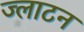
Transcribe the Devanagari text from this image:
ज्लाटन